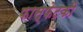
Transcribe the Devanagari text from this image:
फास्फेटकी